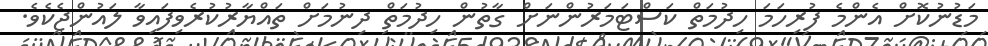
މަޑުނުކޮށް އެންމެ ފުރިހަމަ ހިދުމަތް ކަސްޓަމަރުންނަށް ގާތުން ހިދުމަތް ދިނުމަށް ތައްޔާރުކުރެވިފައިވާ ލައުންޖެކެވެ.